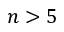
n > 5